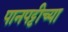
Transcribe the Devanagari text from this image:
पानपट्टीच्या